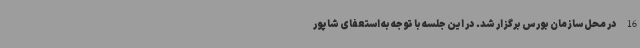
16 در محل سازمان بورس برگزار شد. در این جلسه با توجه به استعفای شاپور